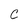
Character: C